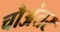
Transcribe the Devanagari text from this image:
चौअंतर